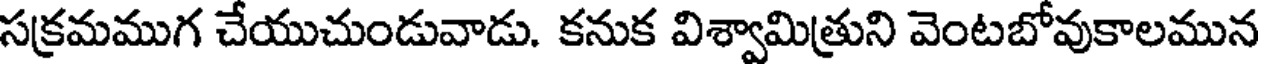
సక్రమముగ చేయుచుండువాడు. కనుక విశ్వామిత్రుని వెంటబోవుకాలమున